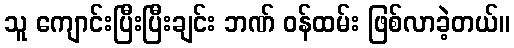
သူ ကျောင်းပြီးပြီးချင်း ဘဏ် ဝန်ထမ်း ဖြစ်လာခဲ့တယ်။